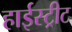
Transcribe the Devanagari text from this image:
हाईस्ट्रीट